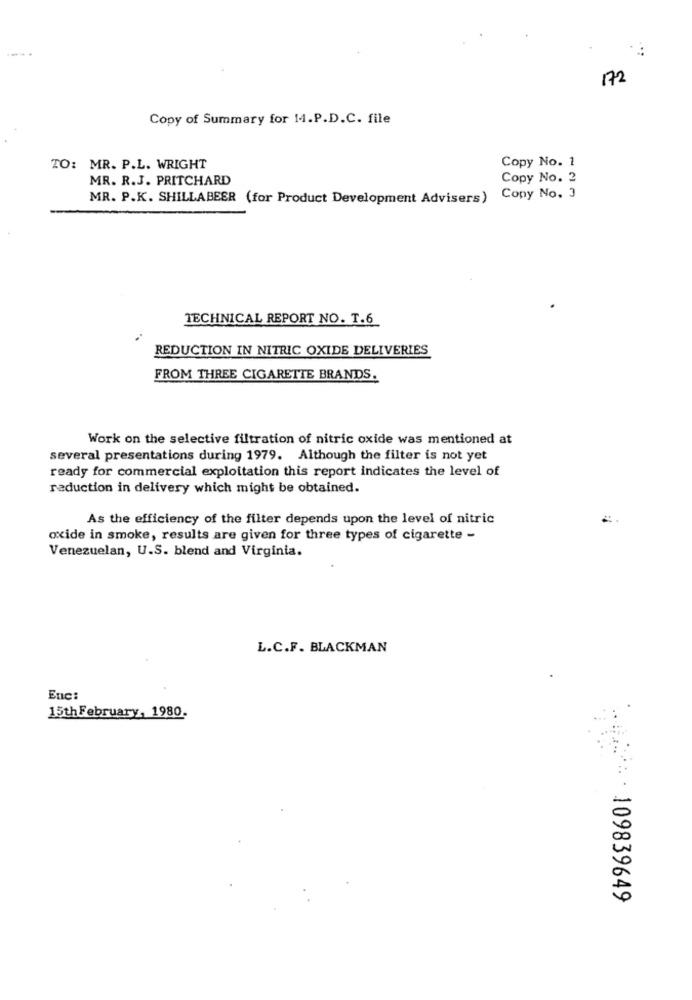
172
Copy of Summary for 14.P.D.C. file
Copy No. 1
TO: MR. P.L. WRIGHT
MR. R.J. PRITCHARD
Copy No. 2
MR. P.K. SHILLABEER (for Product Development Advisers) Copy No. 3
TECHNICAL REPORT NO. T.6
REDUCTION IN NITRIC OXIDE DELIVERIES
FROM THREE CIGARETTE BRANDS.
Work on the selective filtration of nitric oxide was mentioned at
several presentations during 1979. Although the filter is not yet
ready for commercial exploitation this report indicates the level of
reduction in delivery which might be obtained.
As the efficiency of the filter depends upon the level of nitric
oxide in smoke, results are given for three types of cigarette -
Venezuelan, U.S. blend and Virginia.
L.C.F. BLACKMAN
Enc:
15th February, 1980
109839649